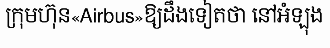
ក្រុមហ៊ុន«Airbus»ឱ្យដឹងទៀតថា នៅអំឡុង